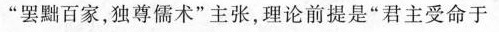
”罢黜百家，独尊儒术”主张，理论前提是”君主受命于